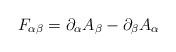
LaTeX: \begin{align*}F_{\alpha \beta} =\partial_\alpha A_\beta -\partial_\beta A_\alpha\end{align*}